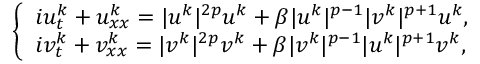
\begin{array} { r } { \left\lbrace \begin{array} { l } { i u _ { t } ^ { k } + u _ { x x } ^ { k } = | u ^ { k } | ^ { 2 p } u ^ { k } + \beta | u ^ { k } | ^ { p - 1 } | v ^ { k } | ^ { p + 1 } u ^ { k } , } \\ { i v _ { t } ^ { k } + v _ { x x } ^ { k } = | v ^ { k } | ^ { 2 p } v ^ { k } + \beta | v ^ { k } | ^ { p - 1 } | u ^ { k } | ^ { p + 1 } v ^ { k } , } \end{array} \right. } \end{array}